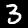
Digit: 3